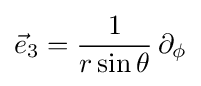
{\vec {e}}_{3}={\frac {1}{r\sin \theta }}\,\partial _{\phi }